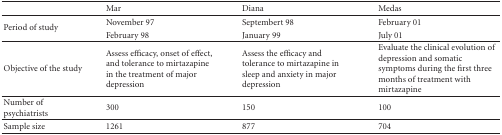
<table><thead><tr><td></td><td><b>Mar</b></td><td><b>Diana</b></td><td><b>Medas</b></td></tr></thead><tbody><tr><td rowspan="2">Period of study</td><td>November 97</td><td>Septembert 98</td><td>February 01</td></tr><tr><td>February 98</td><td>January 99</td><td>July 01</td></tr><tr><td>Objective of the study</td><td>Assess efficacy, onset of effect, and tolerance to mirtazapine in the treatment of major depression</td><td>Assess the efficacy and tolerance to mirtazapine in sleep and anxiety in major depression</td><td>Evaluate the clinical evolution of depression and somatic symptoms during the first three months of treatment with mirtazapine </td></tr><tr><td>Number of psychiatrists</td><td>300</td><td>150</td><td>100</td></tr><tr><td>Sample size</td><td>1261</td><td>877</td><td>704</td></tr></tbody></table>